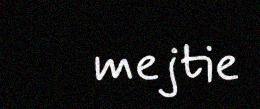
mejtie